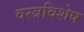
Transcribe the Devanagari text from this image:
वस्त्रविशेष